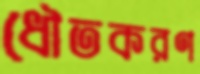
ধৌতকরণ